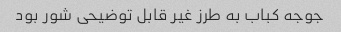
جوجه کباب به طرز غیر قابل توضیحی شور بود